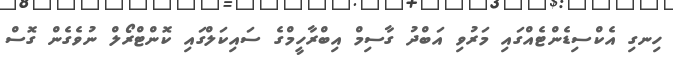
ހިނގި އެކްސިޑެންޓެއްގައި މަރުވި އަބްދު ގާސިމް އިބްރާހީމްގެ ސައިކަލްގައި ކޮންޓްރޯލް ނުވެގެން ގޮސް